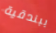
ببندقية